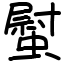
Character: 螱